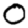
Digit: 0